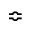
\Bumpeq